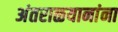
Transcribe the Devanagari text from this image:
अंतराळयानांना